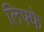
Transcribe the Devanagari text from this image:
लिफ्फे